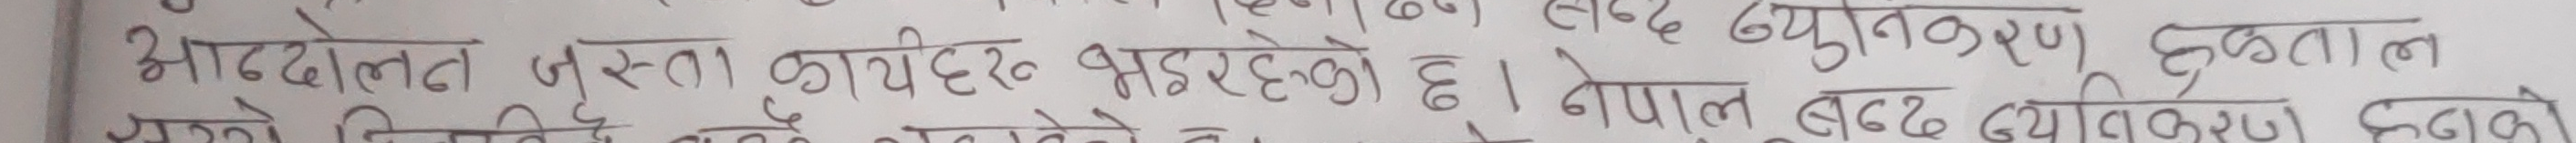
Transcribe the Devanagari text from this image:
अड्ढोक्त जस्ता कायदहरु भइरहेको छ। नेपाल शब्द व्युत्पतिकरण हेर्दा
सुरुमा विविध शब्द बनेको र त्यो क्रमशः